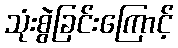
သုံးစွဲခြင်းကြောင့်